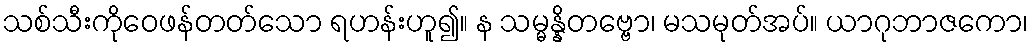
သစ်သီးကိုဝေဖန်တတ်သော ရဟန်းဟူ၍။ န သမ္မန္နိတဗ္ဗော၊ မသမုတ်အပ်။ ယာဂုဘာဇကော၊